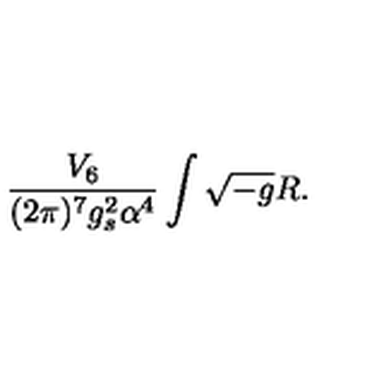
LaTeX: { \frac { V _ { 6 } } { ( 2 \pi ) ^ { 7 } g _ { s } ^ { 2 } \alpha ^ { 4 } } } \int \sqrt { - g } R .